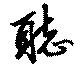
聴